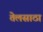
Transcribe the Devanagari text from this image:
तेलसाठा